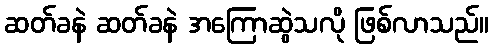
ဆတ်ခနဲ ဆတ်ခနဲ အကြောဆွဲသလို ဖြစ်လာသည်။